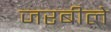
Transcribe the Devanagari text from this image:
जरबीले